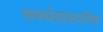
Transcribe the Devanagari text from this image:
समर्थसांप्रदायिक